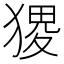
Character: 𤠎